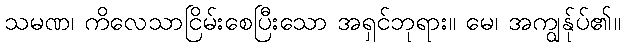
သမဏ၊ ကိလေသာငြိမ်းစေပြီးသော အရှင်ဘုရား။ မေ၊ အကျွန်ုပ်၏။